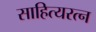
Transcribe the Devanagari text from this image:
साहित्यरत्‍न